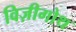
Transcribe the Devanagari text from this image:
विज़ीगोथ